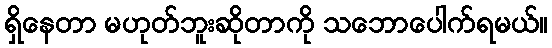
ရှိနေတာ မဟုတ်ဘူးဆိုတာကို သဘောပေါက်ရမယ်။